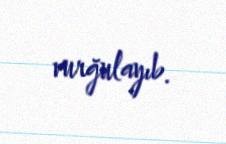
vurğulayıb.